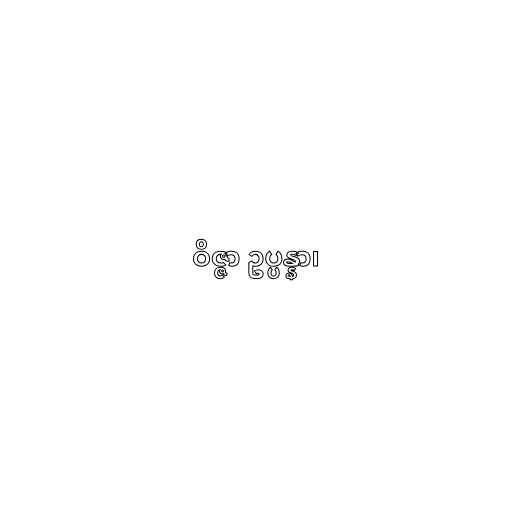
ဝိဇ္ဇာ ဥပ္ပန္နာ၊